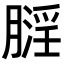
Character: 𪱬